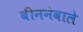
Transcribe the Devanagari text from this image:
बीननेवाले